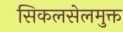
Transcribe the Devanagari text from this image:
सिकलसेलमुक्त